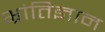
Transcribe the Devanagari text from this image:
भ्रांतिज्ञान